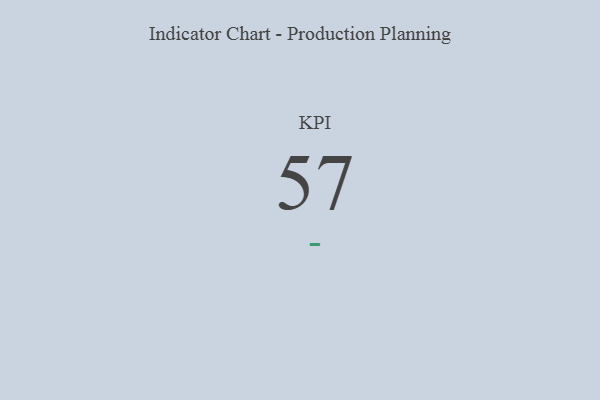
{"axis": {"x": "KPI", "y": "Value"}, "legend": [""], "data": [{"x": "KPI", "y": 57, "type": ""}]}